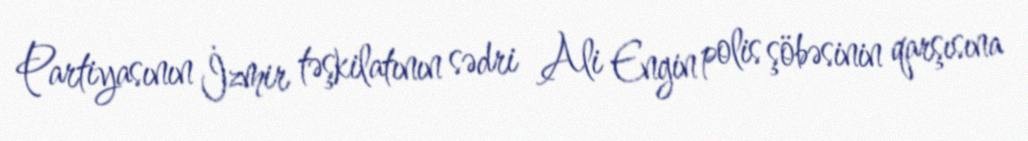
Partiyasının İzmir təşkilatının sədri Ali Engin polis şöbəsinin qarşısına